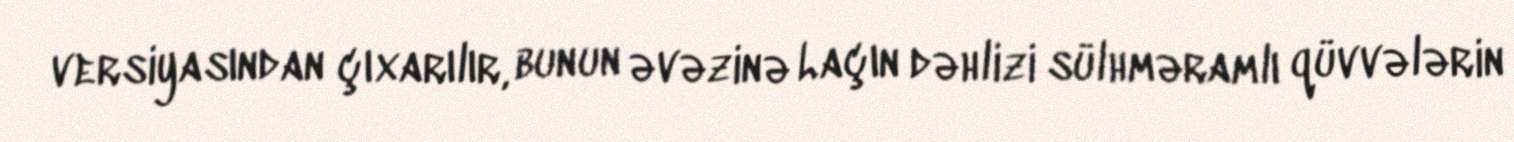
versiyasından çıxarılır, bunun əvəzinə Laçın dəhlizi sülhməramlı qüvvələrin